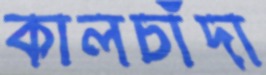
কালচাঁদা